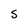
Character: S